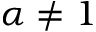
\alpha \neq 1